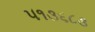
૫૧૩૬૮૩